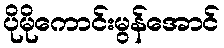
ပိုမိုကောင်းမွန်အောင်